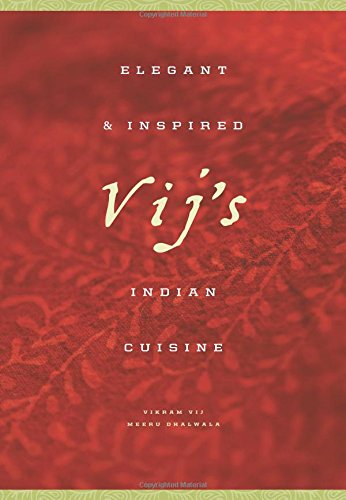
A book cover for Vij's: Elegant and Inspired Indian Cuisine; Meeru Dhalwala; Cookbooks, Food & Wine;